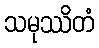
သမုဿိတံ